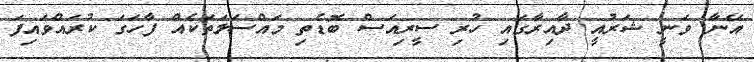
އޭނާ ވަނީ ޝަރުއީ ދާއިރާގައި ހުރި ސީރިއަސް ބޮޑެތި މައްސަލަތަކެއް ފާހަގަ ކުރައްވައިފަ